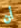
أن